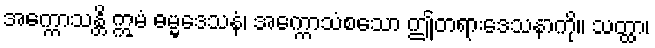
အက္ကောသန္တိ ဣမံ ဓမ္မဒေသနံ၊ အက္ကောသံစသော ဤတရားဒေသနာကို။ သတ္ထာ၊